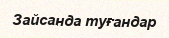
Зайсанда туғандар